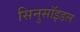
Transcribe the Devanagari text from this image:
सिनुसॉइडल